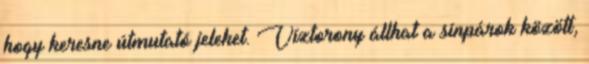
hogy keresne útmutató jeleket. Víztorony állhat a sínpárok között,